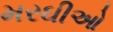
મરઘીઓ